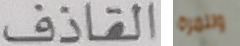
القاذف وللمرة